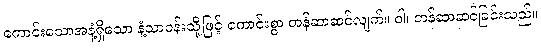
ကောင်းသောအနံ့ရှိသော နံ့သာဝန်းသို့ဖြင့် ကောင်းစွာ တန်ဆာဆင်လျက်။ ဝါ၊ တန်ဆာဆင်ခြင်းသည်။